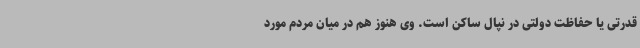
قدرتی یا حفاظت دولتی در نپال ساکن است. وی هنوز هم در میان مردم مورد